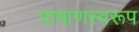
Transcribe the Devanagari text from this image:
पाषाणस्वरूप